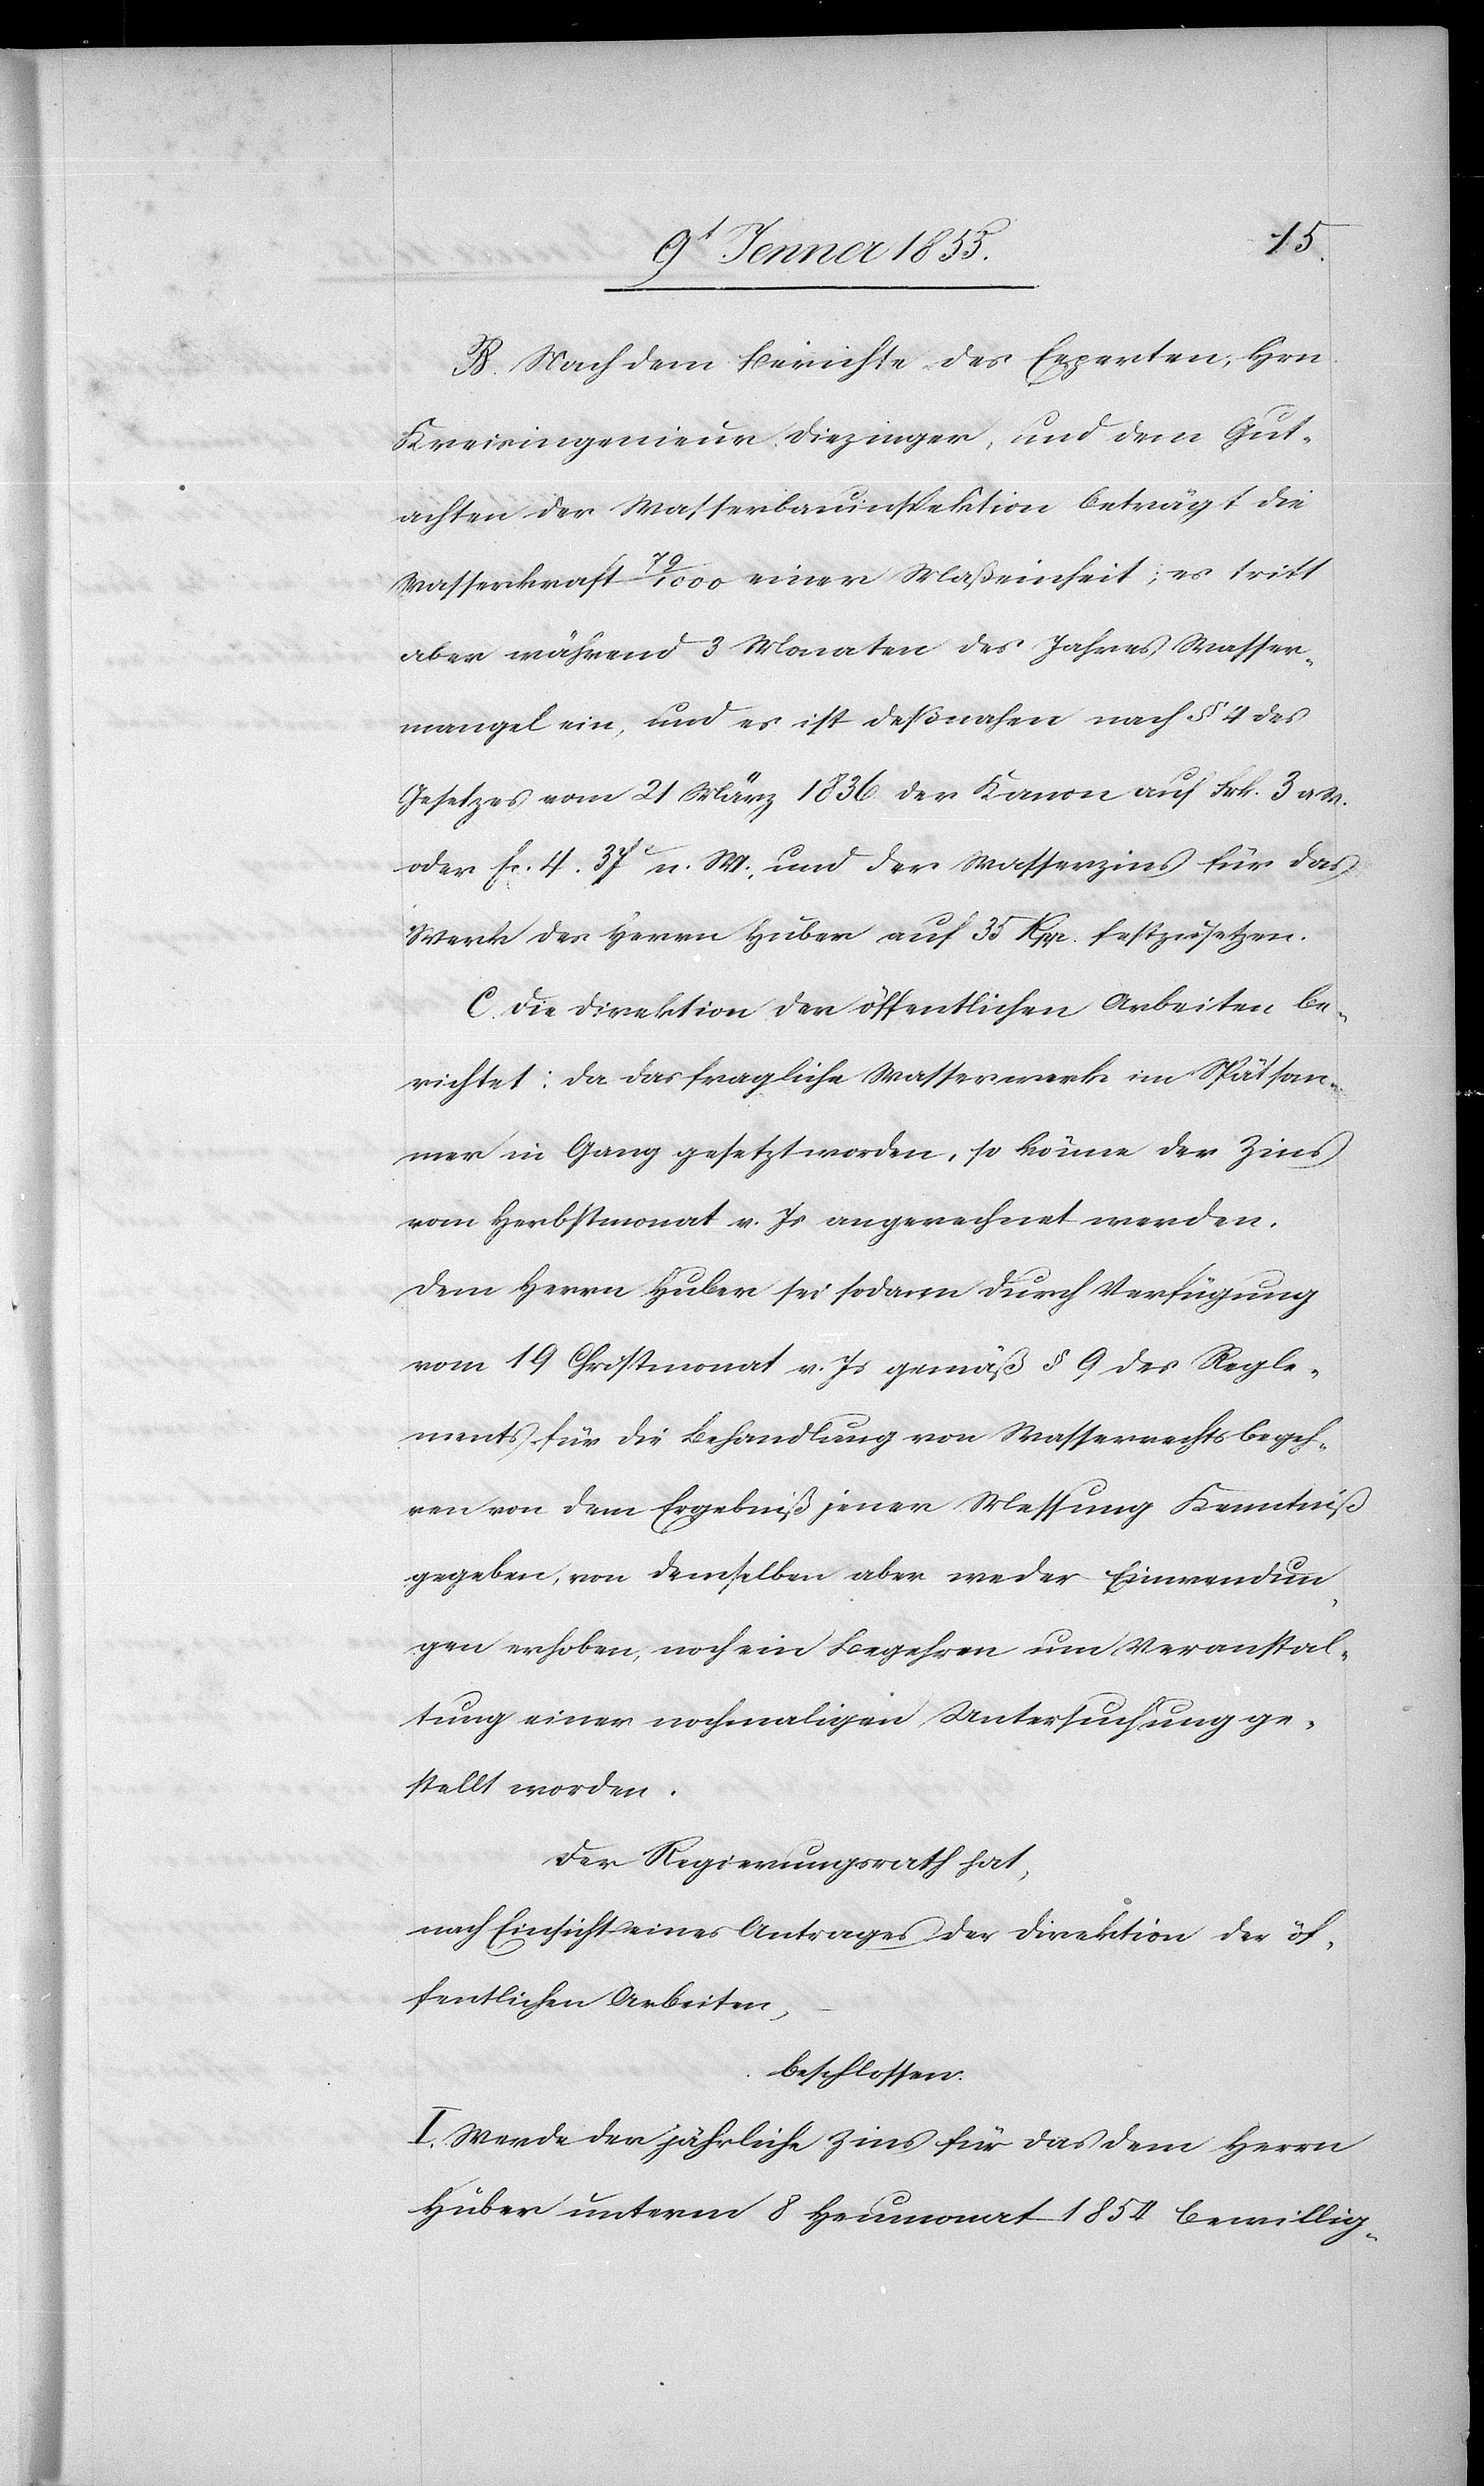
B. Nach dem Berichte des Experten, Hrn
Kreisingenieur Diezinger, und dem Gut¬
achten der Wasserbauinspektion beträgt die
Wasserkraft 79 / 1000 einer Maßeinheit; es tritt
aber während 3 Monaten des Jahres Wasser¬
mangel ein, und es ist deßnahen nach § 4 des
Gesetzes vom 21 März 1836. der Kanon auf Frk. 3 a.
oder Fr. 4. 37c n. W., und der Wasserzins für das
Werk des Herrn Huber auf 35 Rpp. festzusetzen.
C. Die Direktion der öffentlichen Arbeiten be¬
richtet: Da das fragliche Wasserwerk im Spätsom¬
mer in Gang gesetzt worden, so könne der Zins
vom Herbstmonat v. Js angerechnet werden.
Dem Herrn Huber sei sodann durch Verfügung
vom 19 Christmonat v. Js gemäß § 9 des Regle¬
ments für die Behandlung von Wasserrechtsbegeh¬
ren von dem Ergebniß jener Messung Kenntniß
gegeben, von demselben aber weder Einwendun¬
gen erhoben, noch ein Begehren um Veranstal¬
tung einer nochmaligen Untersuchung ge¬
stellt worden.
Der Regierungsrath hat,
nach Einsicht eines Antrages der Direktion der öf¬
fentlichen Arbeiten,
beschlossen:
I. Werde der jährliche Zins für das dem Herrn
Huber unterm 8 Heumonat 1854 bewillig-